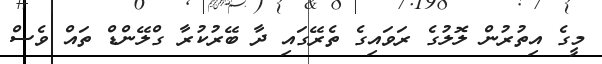
މީގެ އިތުރުން ލޮލުގެ ރަވައިގެ ތެރޭގައި ދާ ބޭރުކުރާ ގްލޭންޑް ތައް ވެސް